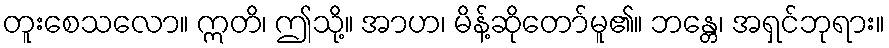
တူးစေသလော။ ဣတိ၊ ဤသို့။ အာဟ၊ မိန့်ဆိုတော်မူ၏။ ဘန္တေ၊ အရှင်ဘုရား။